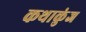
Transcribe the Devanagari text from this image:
कथाकुंज